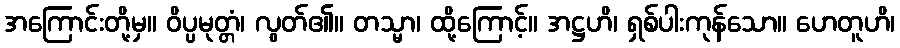
အကြောင်းတို့မှ။ ဝိပ္ပမုတ္တံ၊ လွတ်၏။ တသ္မာ၊ ထို့ကြောင့်။ အဋ္ဌဟိ၊ ရှစ်ပါးကုန်သော။ ဟေတူဟိ၊